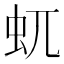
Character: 𧈭